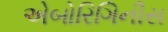
એબોરિગિનીસ